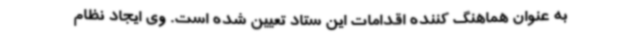
به عنوان هماهنگ کننده اقدامات این ستاد تعیین شده است. وی ایجاد نظام